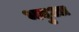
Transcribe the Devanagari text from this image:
भदुआ